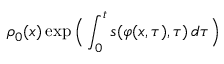
\rho _ { 0 } ( x ) \exp \Big ( \int _ { 0 } ^ { t } s ( \varphi ( x , \tau ) , \tau ) \, d \tau \Big )